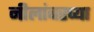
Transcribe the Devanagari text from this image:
नीलांबरच्या